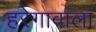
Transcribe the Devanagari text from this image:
हरेगावाला